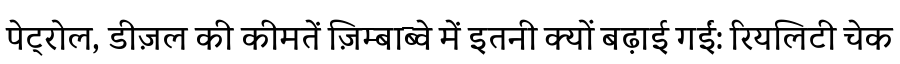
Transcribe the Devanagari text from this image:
पेट्रोल, डीज़ल की कीमतें ज़िम्बाब्वे में इतनी क्यों बढ़ाई गईं: रियलिटी चेक